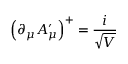
\left( \partial _ { \mu } A _ { \mu } ^ { \prime } \right) ^ { + } = \frac { i } { \sqrt { V } }